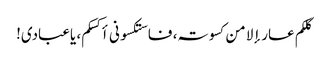
کلکم عار إلا من کسوتہ، فاستکسونی أکسکم، یاعبادی!